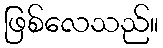
ဖြစ်လေသည်။